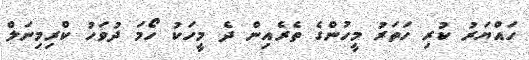
ހައްޔަރު ކުރި ހަތަރު މީހުންގެ ތެރެއިން ދެ މީހަކު ހޯމަ ދުވަހު ކްރިމިނަލް